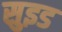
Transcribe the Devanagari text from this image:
सुइड